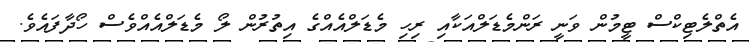
އެތްލެޓިކްސް ޓީމުން ވަނީ ރަންމެޑަލްއަކާއި ރިހި މެޑަލްއެއްގެ އިތުރުން ލޯ މެޑަލްއެއްވެސް ހޯދާފައެވެ.